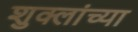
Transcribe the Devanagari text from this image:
शुक्लांच्या